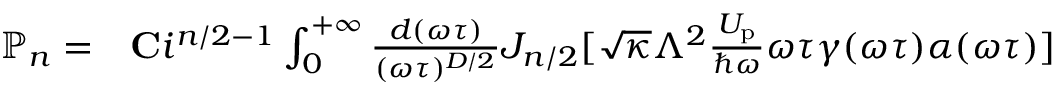
\begin{array} { r l } { \mathbb { P } _ { n } = } & { { } { \bf C } i ^ { n / 2 - 1 } \int _ { 0 } ^ { + \infty } \frac { d ( \omega \tau ) } { ( \omega \tau ) ^ { D / 2 } } J _ { n / 2 } [ \sqrt { \kappa } \Lambda ^ { 2 } \frac { U _ { \mathrm { p } } } { \hbar \omega } \omega \tau \gamma ( \omega \tau ) \alpha ( \omega \tau ) ] } \end{array}